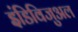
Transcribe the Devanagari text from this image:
इंडिविजुअल